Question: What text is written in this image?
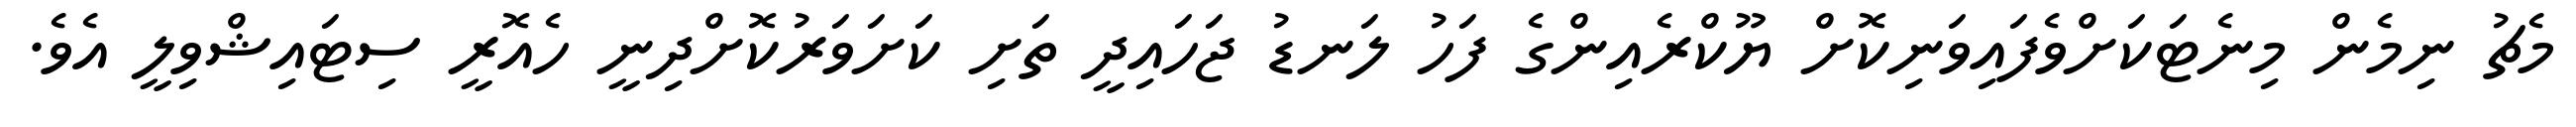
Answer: މެޗު ނިމެން މިނެޓަކަށްވެފައިވަނިކޮށް ޔޫކްރެއިންގެ ފަހު ލަނޑު ޖަހައިދީ ތަށި ކަށަވަރުކޮށްދިނީ ހެއޮރީ ސިޓައިޝްވިލީ އެވެ.